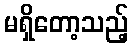
မရှိတော့သည့်